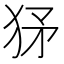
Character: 𤝩